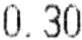
0.30